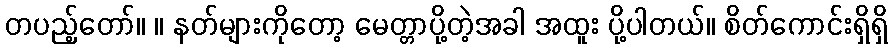
တပည့်တော်။ ။ နတ်များကိုတော့ မေတ္တာပို့တဲ့အခါ အထူး ပို့ပါတယ်။ စိတ်ကောင်းရှိရှိ